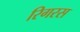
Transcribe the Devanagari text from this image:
रिगरस